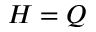
H = Q